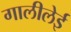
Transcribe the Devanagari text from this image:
गालीलेई